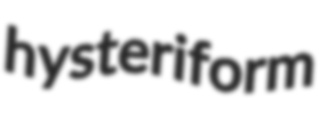
hysteriform